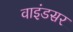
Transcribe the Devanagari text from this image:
वाइंडसर